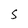
Character: s